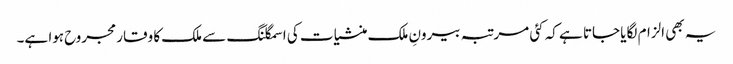
یہ بھی الزام لگایا جاتا ہے کہ کئی مرتبہ بیرونِ ملک منشیات کی اسمگلنگ سے ملک کا وقار مجروح ہوا ہے۔